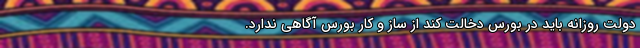
دولت روزانه باید در بورس دخالت کند از ساز و کار بورس آگاهی ندارد.